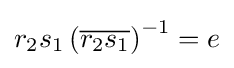
r_{2}s_{1}\left({\overline {r_{2}s_{1}}}\right)^{-1}=e